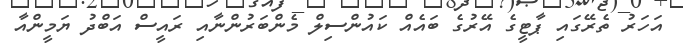
އަހަރު ތެރޭގައި ޕާޓީގެ އޭރުގެ ބައެއް ކައުންސިލް މެންބަރުންނާއި ރައީސް އަބްދު ޔަމީންއާ